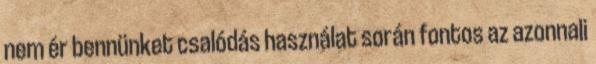
nem ér bennünket csalódás használat során fontos az azonnali